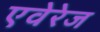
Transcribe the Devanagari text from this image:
एवेरेज